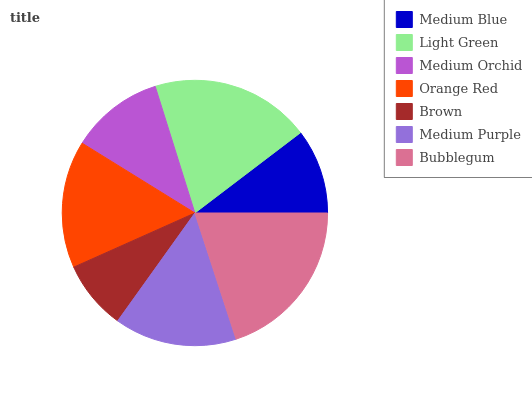
| Medium Blue | Light Green | Medium Orchid | Orange Red | Brown | Medium Purple | Bubblegum |
 | --- | --- | --- | --- | --- | --- | --- |
 | 10.3% | 19.4% | 11.3% | 15.5% | 8.43% | 14.9% | 20.1% |